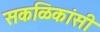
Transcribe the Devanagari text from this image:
सकळिकांसी